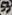
Text: S3